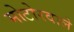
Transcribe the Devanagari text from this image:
मोटोरवाले